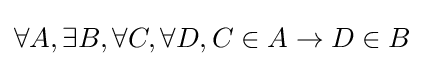
\forall A,\exists B,\forall C,\forall D,C\in A\rightarrow D\in B